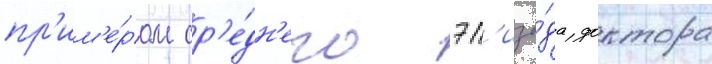
пр'им'е́ром ср'е́дн'его эп'изо́да доктора